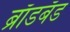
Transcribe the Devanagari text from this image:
ब्राॅडबॅड